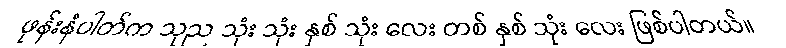
ဖုန်းနံပါတ်က သုည သုံး သုံး နှစ် သုံး လေး တစ် နှစ် သုံး လေး ဖြစ်ပါတယ်။